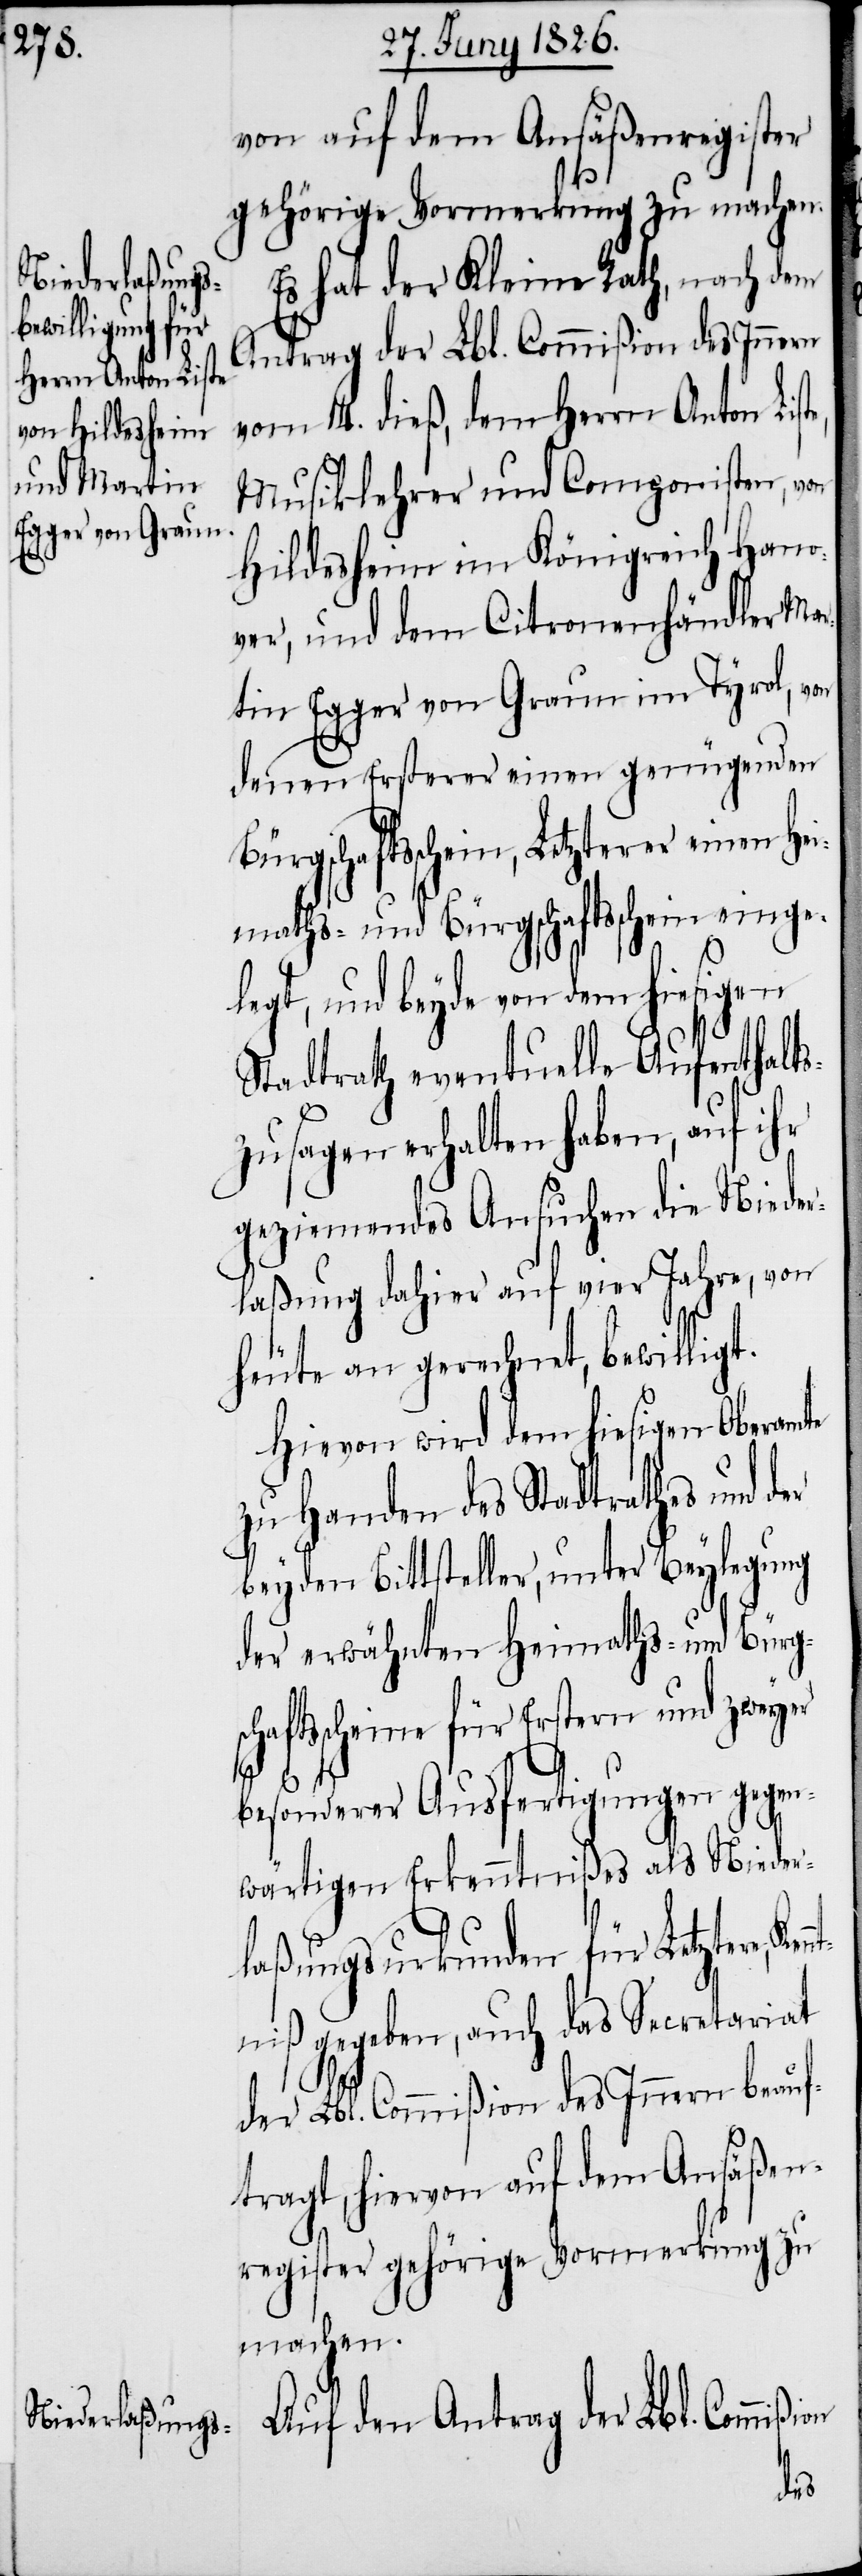
von auf dem Ansäßenregister
gehörige Vormerkung zu machen.
Es hat der Kleine Rath, nach dem
Antrag der Lbl. Commißion des Innern
vom 14. dieß, dem Herrn Anton Lis¬
Musiklehrer und Componisten, von
Hildesheim im Königreich Hano¬
ver, und dem Citronenhändler Mar¬
tin Egger von Graun im Tyrol, von
denen Ersterer einen genügenden
Bürgschaftsschein, Letzterer einen Hei¬
maths- und Bürgschaftsschein eingel¬
egt, und beyde von dem hiesigen
Stadtrath eventuelle Aufenthalts¬
zusagen erhalten haben, auf ihr
geziemendes Ansuchen die Nieder¬
laßung dahier auf vier Jahre, von
heute an gerechnet, bewilligt.
Hievon wird dem hiesigen Oberamte
zu Handen des Stadtrathes und
beyden Bittsteller, unter Beylegung
der erwähnten Heimaths- und Bürgs¬
chaftsscheine für Erstern und zweyer
ion
nnt¬
besonderer Ausfertigungen gegen¬
wärtigen Erkenntniße als Nieder¬
laßungsurkunden für Letztere,
niß gegeben, auch das Secretariat
der Lbl. Commißion des Innern beauf¬
tragt, hiervon auf dem Ansäßen¬
register gehörige Vormerkung zu
machen.
Für den Antrag der Lbl. Commiß¬
der